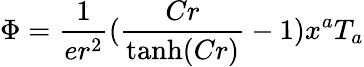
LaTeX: \Phi=\frac{1}{er^{2}}(\frac{Cr}{\operatorname{tanh}(Cr)}-1)x^{a}T_{a}